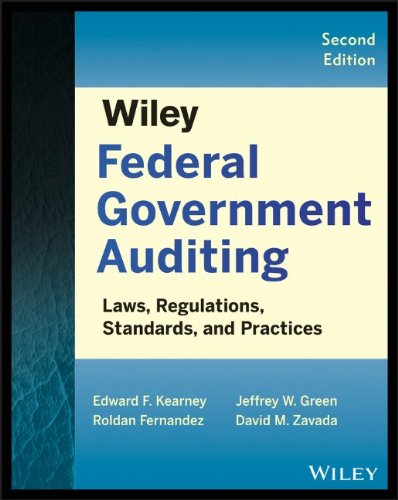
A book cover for Wiley Federal Government Auditing: Laws, Regulations, Standards, Practices, and Sarbanes-Oxley; Edward F. Kearney; Business & Money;